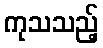
ကုသသည့်